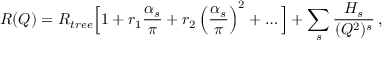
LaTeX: R ( Q ) = R _ { t r e e } \Big [ 1 + r _ { 1 } \frac { \alpha _ { s } } { \pi } + r _ { 2 } \left( \frac { \alpha _ { s } } { \pi } \right) ^ { 2 } + \ldots \Big ] + \sum _ { s } \frac { H _ { s } } { ( Q ^ { 2 } ) ^ { s } } \, ,